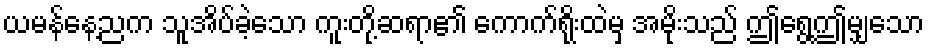
ယမန်နေ့ညက သူအိပ်ခဲ့သော ကူးတို့ဆရာ၏ ကောက်ရိုးထဲမှ အမိုးသည် ဤရွေ့ဤမျှသော